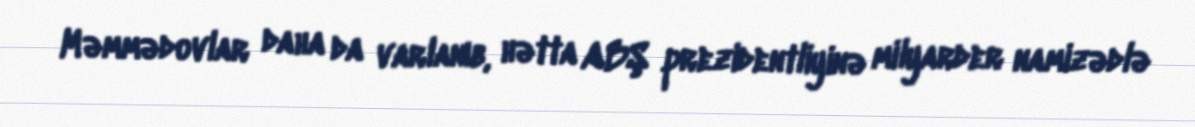
Məmmədovlar daha da varlanıb, hətta ABŞ prezidentliyinə milyarder namizədlə